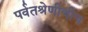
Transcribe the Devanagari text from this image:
पर्वतश्रेणीचीच